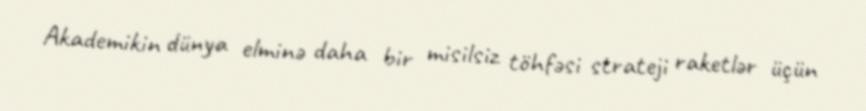
Akademikin dünya elminə daha bir misilsiz töhfəsi strateji raketlər üçün